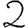
Digit: 2